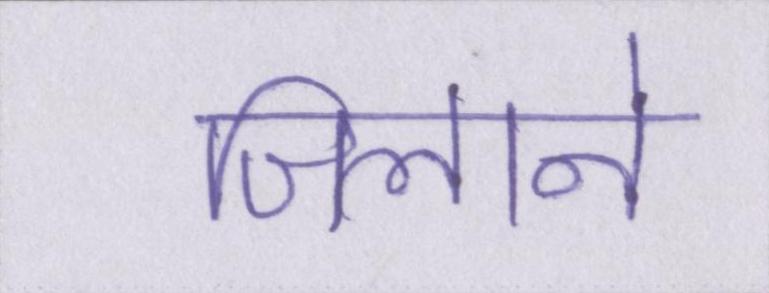
जिलाने